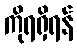
ကိုရရှိရန်